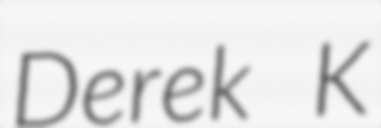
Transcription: Derek K